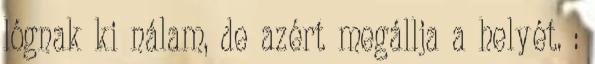
lógnak ki nálam, de azért megállja a helyét. :